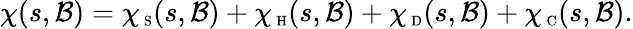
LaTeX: \chi(s,\mathcal{B})=\chi_{\mathrm{{\scriptsize~S}}}(s,\mathcal{B})+\chi_{\mathrm{{\scriptsize~H}}}(s,\mathcal{B})+\chi_{\mathrm{{\scriptsize~D}}}(s,\mathcal{B})+\chi_{\mathrm{{\scriptsize~C}}}(s,\mathcal{B}).